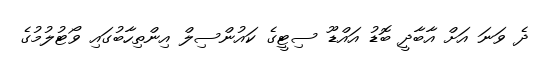
ދެ ވަނަ އަށް އާބާދީ ބޮޑު އައްޑޫ ސިޓީގެ ކައުންސިލް އިންތިހާބުގައި ވޯޓުލުމުގެ